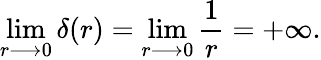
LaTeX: \operatorname*{lim}_{r\longrightarrow 0}\delta(r)=\operatorname*{lim}_{r\longrightarrow 0}{\frac{1}{r}}=+\infty.